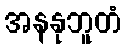
အနနုဘူတံ